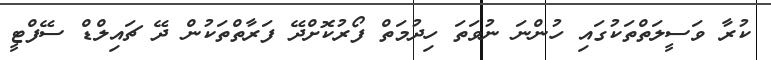
ކުރާ ވަސީލަތްތަކުގައި ހުންނަ ނުވަތަ ހިދުމަތް ފޯރުކޮށްދޭ ފަރާތްތަކުން ދޭ ޗައިލްޑް ސޭފްޓީ